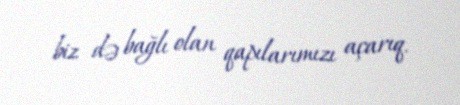
biz də bağlı olan qapılarımızı açarıq.